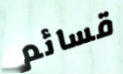
قسائم